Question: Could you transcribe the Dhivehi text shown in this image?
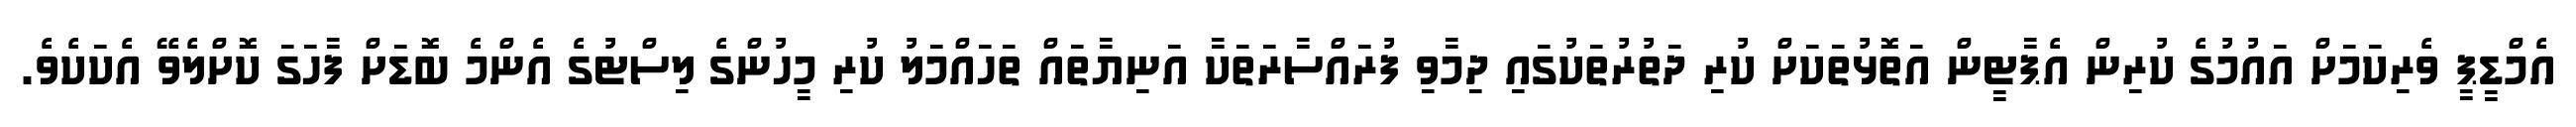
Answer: އެމްޑީޕީ ވެރިކަމަށް އައުމުގެ ކުރިން އެޕާޓީން އަތޮޅުތަކަށް ކުރި ދަތުރުތަކުގައި ދިމާވި ފުރައްސާރަތަކާ އަނިޔާތައް ތަހައްމަލު ކުރި މީހުންގެ ލިސްޓުގެ އެންމެ ބޮޑަށް ފާހަގަ ކޮށްލެވޭ އެކަކެވެ.